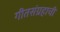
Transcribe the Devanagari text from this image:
गीतसंग्रहाची